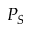
P _ { S }